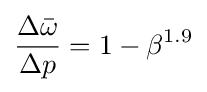
{\frac {\Delta {\bar {\omega }}}{\Delta p}}=1-\beta ^{1.9}